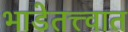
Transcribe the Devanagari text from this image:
भाडेतत्त्वात